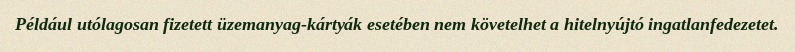
Például utólagosan fizetett üzemanyag-kártyák esetében nem követelhet a hitelnyújtó ingatlanfedezetet.